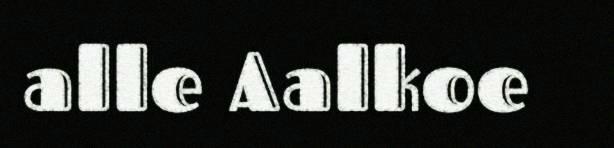
alle Aalkoe